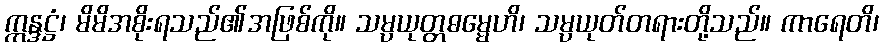
ဣန္ဒဋ္ဌံ၊ မိမိအစိုးရသည်၏အဖြစ်ကို။ သမ္ပယုတ္တဓမ္မေဟိ၊ သမ္ပယုတ်တရားတို့သည်။ ကာရေတိ၊